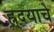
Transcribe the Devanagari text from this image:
ह्र्दयाचे